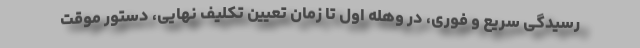
رسیدگی سریع و فوری، در وهله اول تا زمان تعیین تکلیف نهایی، دستور موقت